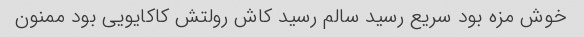
خوش مزه بود سریع رسید سالم رسید کاش رولتش کاکایویی بود ممنون